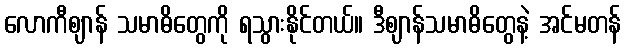
လောကီဈာန် သမာဓိတွေကို ရသွားနိုင်တယ်။ ဒီဈာန်သမာဓိတွေနဲ့ အင်မတန်